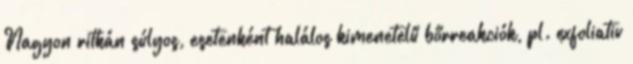
Nagyon ritkán súlyos, esetenként halálos kimenetelű bőrreakciók, pl. exfoliativ